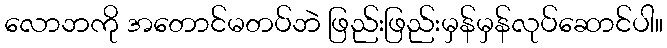
လောဘကို အတောင်မတပ်ဘဲ ဖြည်းဖြည်းမှန်မှန်လုပ်ဆောင်ပါ။